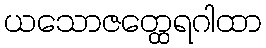
ယသောဇတ္ထေရဂါထာ